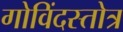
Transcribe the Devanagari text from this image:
गोविंदस्तोत्र